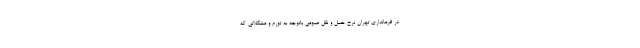
در فرمانداری تهران نرخ حمل و نقل عمومی باتوجه به تورم و مشکلاتی که